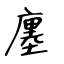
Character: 廛